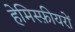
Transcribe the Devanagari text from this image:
हेमिस्फ़ीयरों